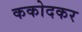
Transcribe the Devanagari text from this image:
ककोदकर